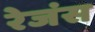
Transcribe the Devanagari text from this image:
रेजंस